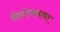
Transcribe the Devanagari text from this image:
नियोजनावर